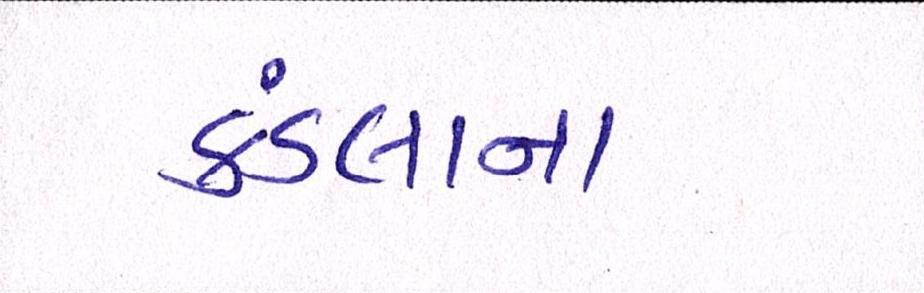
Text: કંડલાના